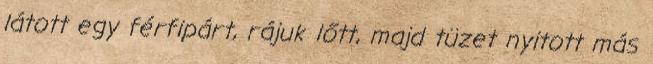
látott egy férfipárt, rájuk lőtt, majd tüzet nyitott más